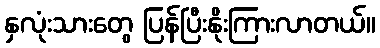
နှလုံးသားတွေ ပြန်ပြီးနိုးကြားလာတယ်။